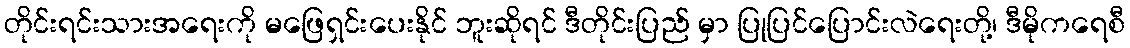
တိုင်းရင်းသားအရေးကို မဖြေရှင်းပေးနိုင် ဘူးဆိုရင် ဒီတိုင်းပြည် မှာ ပြုပြင်ပြောင်းလဲရေးတို့၊ ဒီမိုကရေစီ